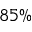
8 5 \%